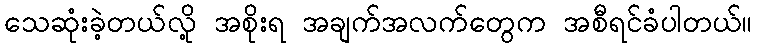
သေဆုံးခဲ့တယ်လို့ အစိုးရ အချက်အလက်တွေက အစီရင်ခံပါတယ်။